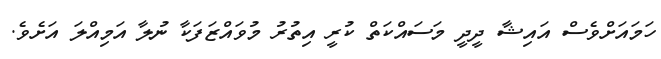
ހަމައަށްވެސް އައިޝާ ދީދީ މަސައްކަތް ކުރީ އިތުރު މުވައްޒަފަކާ ނުލާ އަމިއްލަ އަށެވެ.